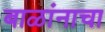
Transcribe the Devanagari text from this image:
बाळांनाचा